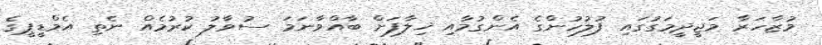
މުޒާހަރާ މަޖީދީމަގުގައި ފުލުހުންގެ އެންގުމާއި ޚިލާފަށް ބާއްވާނަމަ ސުވާލު ކުރުމެއް ނެތި އެމްޑީޕީގެ